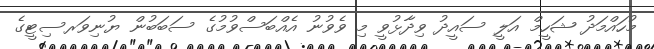
މުހައްމަދު ޝަހީމް އަލީ ސައީދު ވިދާޅުވީ މި ވެވުނު އެއްބަސްވުމުގެ ސަބަބުން ޔުނިވަރސިޓީގެ